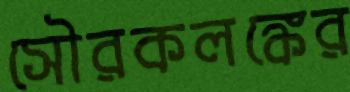
সৌরকলঙ্কের